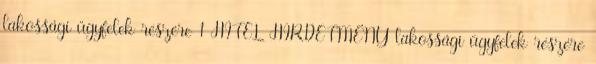
lakossági ügyfelek részére 1 HITEL HIRDETMÉNY lakossági ügyfelek részére